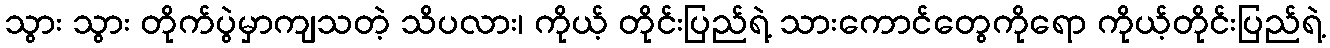
သွား သွား တိုက်ပွဲမှာကျသတဲ့ သိပလား၊ ကိုယ့် တိုင်းပြည်ရဲ့ သားကောင်တွေကိုရော ကိုယ့်တိုင်းပြည်ရဲ့